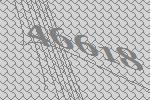
46618